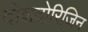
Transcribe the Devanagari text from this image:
दोशदोरिजिन